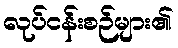
လုပ်ငန်းစဉ်များ၏